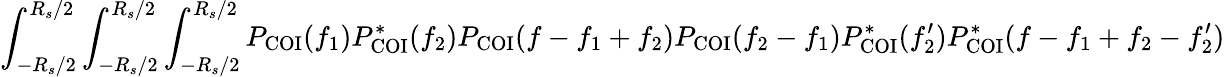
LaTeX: \int_{-R_{s}/2}^{R_{s}/2}\int_{-R_{s}/2}^{R_{s}/2}\int_{-R_{s}/2}^{R_{s}/2}P_{\mathrm{COI}}(f_{1})P_{\mathrm{COI}}^{\ast}(f_{2})P_{\mathrm{COI}}(f-f_{1}+f_{2})P_{\mathrm{COI}}(f_{2}-f_{1})P_{\mathrm{COI}}^{\ast}(f_{2}^{\prime})P_{\mathrm{COI}}^{\ast}(f-f_{1}+f_{2}-f_{2}^{\prime})